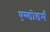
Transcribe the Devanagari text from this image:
एण्डोडर्म